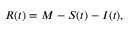
R ( t ) = M - S ( t ) - I ( t ) ,